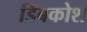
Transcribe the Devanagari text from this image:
डिंबकोश